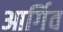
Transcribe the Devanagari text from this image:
आर्गिव